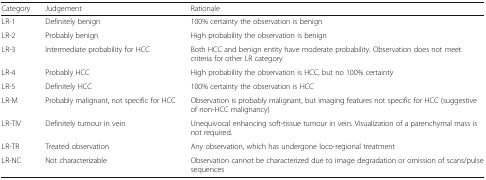
<table><thead><tr><td><b>Category</b></td><td><b>Judgement</b></td><td><b>Rationale</b></td></tr></thead><tbody><tr><td>LR-1</td><td>Definitely benign</td><td>100% certainty the observation is benign</td></tr><tr><td>LR-2</td><td>Probably benign</td><td>High probability the observation is benign</td></tr><tr><td>LR-3</td><td>Intermediate probability for HCC</td><td>Both HCC and benign entity have moderate probability. Observation does not meet criteria for other LR category</td></tr><tr><td>LR-4</td><td>Probably HCC</td><td>High probability the observation is HCC, but no 100% certainty</td></tr><tr><td>LR-5</td><td>Definitely HCC</td><td>100% certainty the observation is HCC</td></tr><tr><td>LR-M</td><td>Probably malignant, not specific for HCC</td><td>Observation is probably malignant, but imaging features not specific for HCC (suggestive of non-HCC malignancy)</td></tr><tr><td>LR-TIV</td><td>Definitely tumour in vein</td><td>Unequivocal enhancing soft-tissue tumour in vein. Visualization of a parenchymal mass is not required.</td></tr><tr><td>LR-TR</td><td>Treated observation</td><td>Any observation, which has undergone loco-regional treatment</td></tr><tr><td>LR-NC</td><td>Not characterizable</td><td>Observation cannot be characterized due to image degradation or omission of scans/pulse sequences</td></tr></tbody></table>